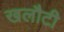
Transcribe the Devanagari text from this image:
खलौटी